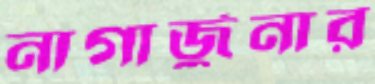
নাগার্জুনার